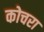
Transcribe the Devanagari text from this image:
कोचरा